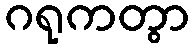
ဂရုကတွာ